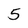
Character: 5